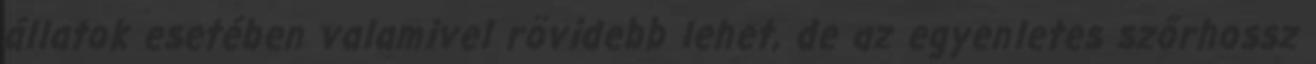
állatok esetében valamivel rövidebb lehet, de az egyenletes szőrhossz